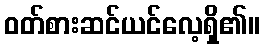
ဝတ်စားဆင်ယင်လေ့ရှိ၏။